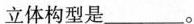
的立体构型是___。